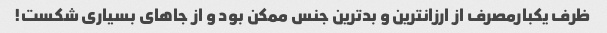
ظرف یکبارمصرف از ارزانترین و بدترین جنس ممکن بود و از جاهای بسیاری شکست!